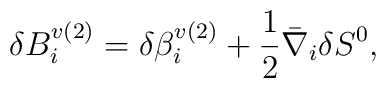
\delta B^{v(2)}_{i} = \delta \beta^{v(2)}_{i} +\frac{1}{2}\bar{\nabla}_{i} \delta S^{0},